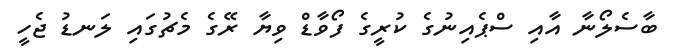
ބާސެލޯނާ އާއި ސްޕެއިނުގެ ކުރީގެ ފޯވާޑް ވިޔާ ރޭގެ މެޗުގައި ލަނޑު ޖެހީ